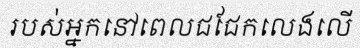
របស់អ្នកនៅពេលជជែកលេងលើ